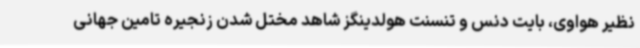
نظیر هواوی، بایت دنس و تنسنت هولدینگز شاهد مختل شدن زنجیره تامین جهانی